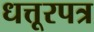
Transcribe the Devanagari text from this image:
धत्तूरपत्र